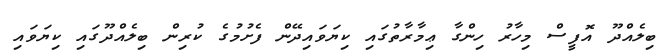
ބިލެއްދޫ އޮފީސް މިހާރު ހިންގާ ޢިމާރާތުގައި ކިޔަވައިދޭން ފެށުމުގެ ކުރިން ބިލެއްދޫގައި ކިޔަވައި